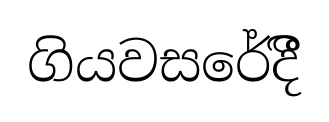
ගියවසරේදීී